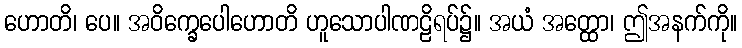
ဟောတိ၊ ပေ။ အဝိက္ခေပေါဟောတိ ဟူသောပါဏဠိရပ်၌။ အယံ အတ္ထော၊ ဤအနက်ကို။